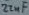
Text: 22nF